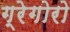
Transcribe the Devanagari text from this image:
ग्रेगोरो